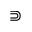
\Supset